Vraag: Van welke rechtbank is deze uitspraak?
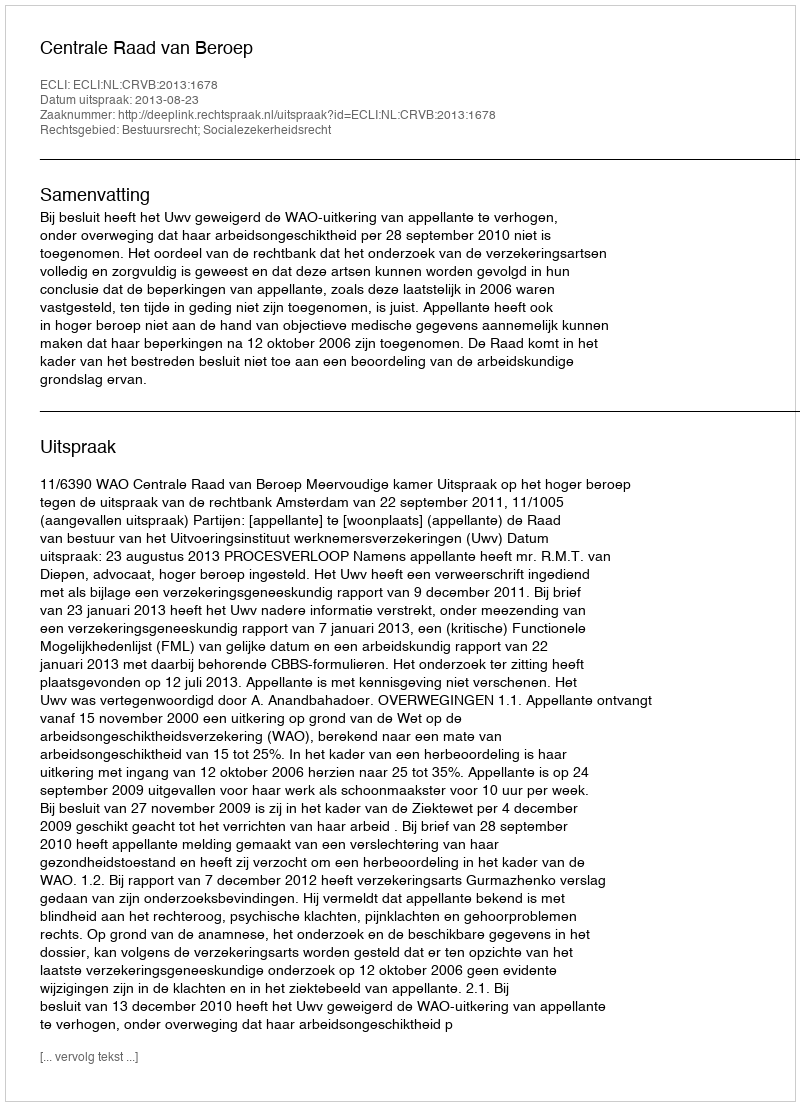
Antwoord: Centrale Raad van Beroep